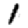
Digit: 1